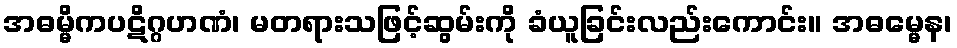
အဓမ္မိကပဋိဂ္ဂဟဏံ၊ မတရားသဖြင့်ဆွမ်းကို ခံယူခြင်းလည်းကောင်း။ အဓမ္မေန၊